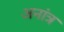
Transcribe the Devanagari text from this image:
अनांत्र